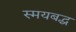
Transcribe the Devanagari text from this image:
स्मयबद्ध